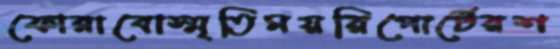
ফোরাবোস্মৃতিময়রিপোর্টেরশ